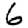
Digit: 6